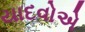
યાદવોએ